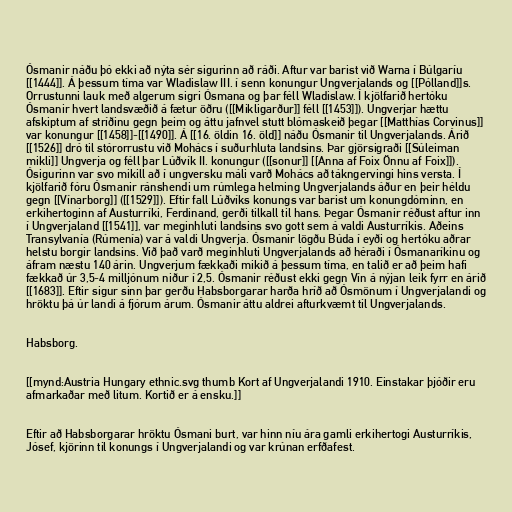
Ósmanir náðu þó ekki að nýta sér sigurinn að ráði. Aftur var barist við Warna í Búlgaríu
[[1444]]. Á þessum tíma var Wladislaw III. í senn konungur Ungverjalands og [[Pólland]]s.
Orrustunni lauk með algerum sigri Ósmana og þar féll Wladislaw. Í kjölfarið hertóku
Ósmanir hvert landsvæðið á fætur öðru ([[Mikligarður]] féll [[1453]]). Ungverjar hættu
afskiptum af stríðinu gegn þeim og áttu jafnvel stutt blómaskeið þegar [[Matthías Corvinus]]
var konungur [[1458]]-[[1490]]. Á [[16. öldin 16. öld]] náðu Ósmanir til Ungverjalands. Árið
[[1526]] dró til stórorrustu við Mohács í suðurhluta landsins. Þar gjörsigraði [[Súleiman
mikli]] Ungverja og féll þar Lúðvík II. konungur ([[sonur]] [[Anna af Foix Önnu af Foix]]).
Ósigurinn var svo mikill að í ungversku máli varð Mohács að tákngervingi hins versta. Í
kjölfarið fóru Ósmanir ránshendi um rúmlega helming Ungverjalands áður en þeir héldu
gegn [[Vínarborg]] ([[1529]]). Eftir fall Lúðvíks konungs var barist um konungdóminn, en
erkihertoginn af Austurríki, Ferdinand, gerði tilkall til hans. Þegar Ósmanir réðust aftur inn
í Ungverjaland [[1541]], var meginhluti landsins svo gott sem á valdi Austurríkis. Aðeins
Transylvanía (Rúmenía) var á valdi Ungverja. Ósmanir lögðu Búda í eyði og hertóku aðrar
helstu borgir landsins. Við það varð meginhluti Ungverjalands að héraði í Ósmanaríkinu og
áfram næstu 140 árin. Ungverjum fækkaði mikið á þessum tíma, en talið er að þeim hafi
fækkað úr 3,5-4 milljónum niður í 2,5. Ósmanir réðust ekki gegn Vín á nýjan leik fyrr en árið
[[1683]]. Eftir sigur sinn þar gerðu Habsborgarar harða hríð að Ósmönum í Ungverjalandi og
hröktu þá úr landi á fjórum árum. Ósmanir áttu aldrei afturkvæmt til Ungverjalands.

Habsborg.

[[mynd:Austria Hungary ethnic.svg thumb Kort af Ungverjalandi 1910. Einstakar þjóðir eru
afmarkaðar með litum. Kortið er á ensku.]]

Eftir að Habsborgarar hröktu Ósmani burt, var hinn níu ára gamli erkihertogi Austurríkis,
Jósef, kjörinn til konungs í Ungverjalandi og var krúnan erfðafest.